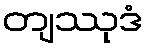
တျဿုဒံ